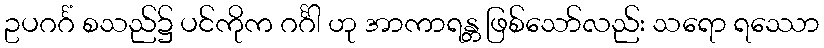
ဥပဂင်္ဂံ စသည်၌ ပင်ကိုက ဂင်္ဂါ ဟု အာကာရန္တ ဖြစ်သော်လည်း သရော ရဿော